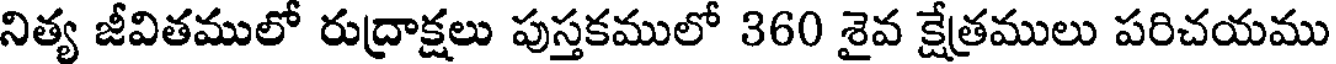
నిత్య జీవితములో రుద్రాక్షలు పుస్తకములో 360 శైవ క్షేత్రములు పరిచయము